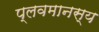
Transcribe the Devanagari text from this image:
प्लवमानस्य